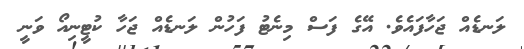
ލަނޑެއް ޖަހާފައެވެ. އޭގެ ފަސް މިނެޓު ފަހުން ލަނޑެއް ޖަހާ ކުޓީނިއޯ ވަނީ